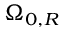
\Omega _ { 0 , R }